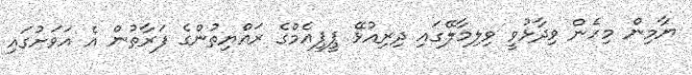
ޔާމިން މިހެން ވިދާޅުވީ ވިލިމާލޭގައި ދިރިއުޅޭ ޕީޕީއެމްގެ ރައްޔިތުންގެ ފަރާތުން އެ އަވަށުގައި